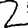
Digit: 2